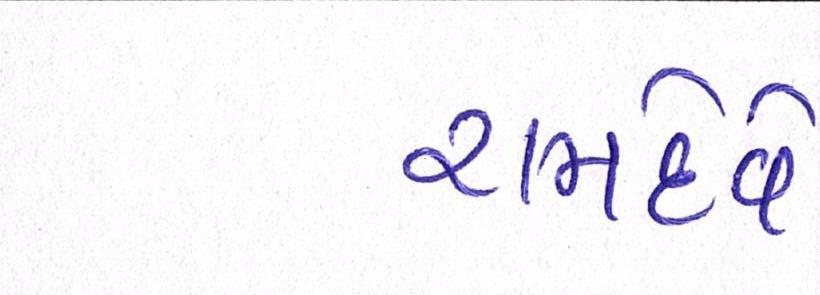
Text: રામદેવે